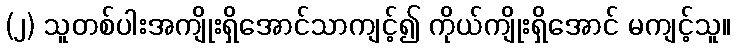
(၂) သူတစ်ပါးအကျိုးရှိအောင်သာကျင့်၍ ကိုယ်ကျိုးရှိအောင် မကျင့်သူ။